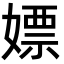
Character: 嫖